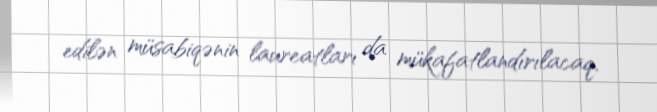
edilən müsabiqənin laureatları da mükafatlandırılacaq.